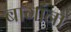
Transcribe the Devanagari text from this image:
बागांना